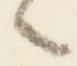
々